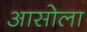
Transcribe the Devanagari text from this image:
आसोला